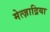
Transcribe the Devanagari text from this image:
मेत्ज़ाद्रिया